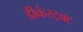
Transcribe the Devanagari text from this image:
डीकंस्ट्रक्ट